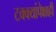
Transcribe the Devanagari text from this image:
टक्क्यांपेक्षाही